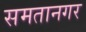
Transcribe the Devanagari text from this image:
समतानगर